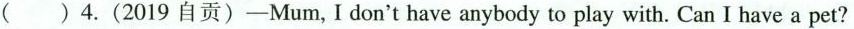
( ) 4.(2019自贡)—Mum,Idon't have anybody to play with. Can I have a pet?